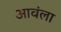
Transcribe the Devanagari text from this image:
आवंला